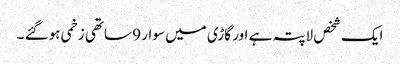
ایک شخص لاپتہ ہے اور گاڑی میں سوار 9 ساتھی زخمی ہوگئے ۔